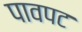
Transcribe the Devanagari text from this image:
पावपट